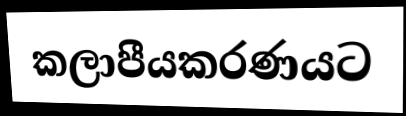
කලාපීයකරණයට